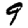
Digit: 9